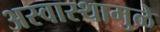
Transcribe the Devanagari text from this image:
अस्वास्थामुळे